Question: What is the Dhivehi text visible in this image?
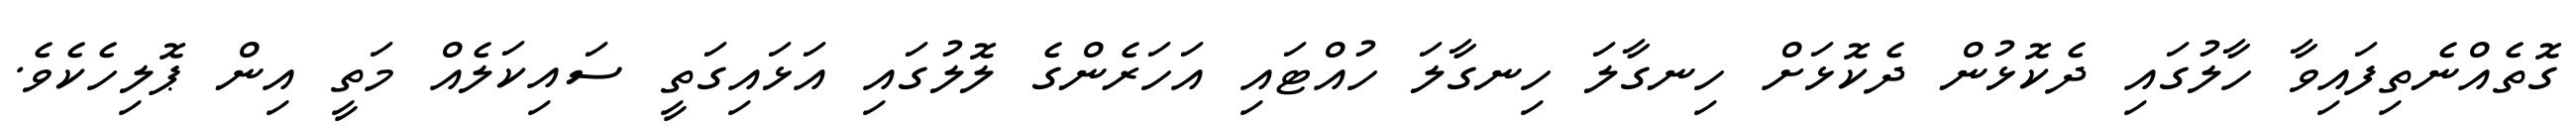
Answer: ގޮތެއްނެތިފައިވާ ހާލުގައި ދެކޮޅުން ދެކޮޅަށް ހިނގާލަ ހިނގާލަ ހުއްޓައި އަހަރެންގެ ލޮލުގައި އަޅައިގަތީ ސައިކަލެއް މަތީ އިން ޕޮލިހެކެވެ.